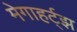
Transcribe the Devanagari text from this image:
मेगाहर्ट्झ